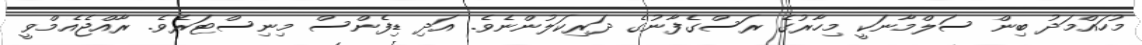
މުހައްމަދު ބިން ސަލްމާނަކީ މިހާރުގެ ރަސްގެފާނުގެ ދަރިކަލުންނެވެ. އަދި ޑިފެންސް މިނިސްޓަރެވެ. ރާއްޖެއެމްވީ